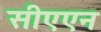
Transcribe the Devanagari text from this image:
सीएएन